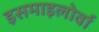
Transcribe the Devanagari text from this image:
इसमाइलोर्वा